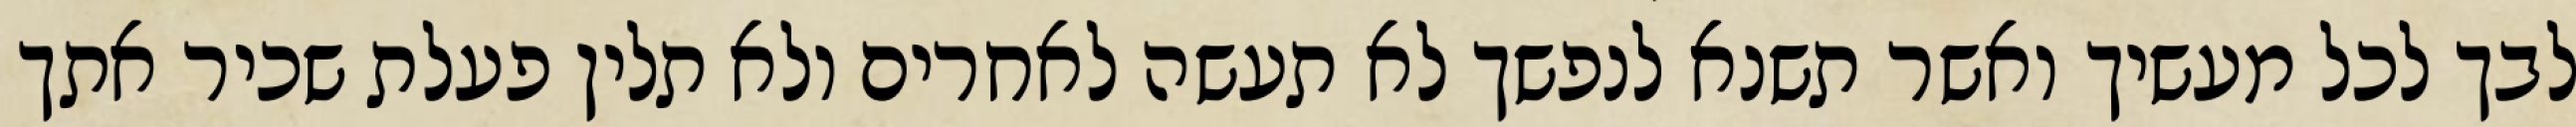
לבך לכל מעשיך ואשר תשנא לנפשך לא תעשה לאחרים ולא תלין פעלת שכיר אתך